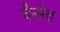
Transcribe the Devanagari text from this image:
चैन्सेल